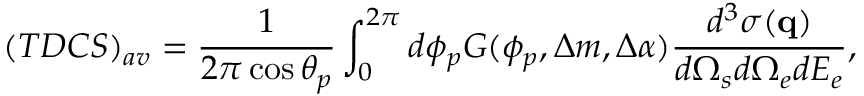
( T D C S ) _ { a v } = \frac { 1 } { 2 \pi \cos \theta _ { p } } \int _ { 0 } ^ { 2 \pi } d \phi _ { p } G ( \phi _ { p } , \Delta m , \Delta \alpha ) \frac { d ^ { 3 } \sigma ( \mathbf { q } ) } { d \Omega _ { s } d \Omega _ { e } d E _ { e } } ,